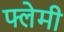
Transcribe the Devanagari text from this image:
फ्लेमी